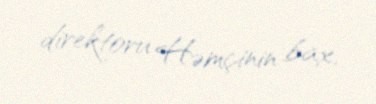
direktoru Həmçinin bax.